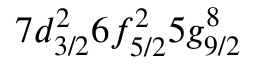
7 d _ { 3 / 2 } ^ { 2 } 6 f _ { 5 / 2 } ^ { 2 } 5 g _ { 9 / 2 } ^ { 8 }